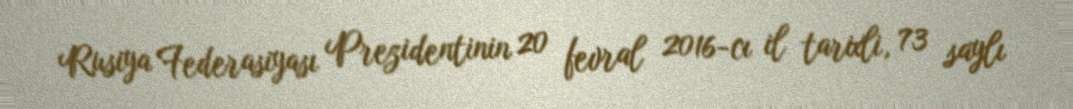
Rusiya Federasiyası Prezidentinin 20 fevral 2016-cı il tarixli, 73 saylı